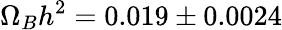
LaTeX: \Omega_{B}h^{2}=0.019\pm 0.0024